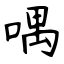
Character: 喁